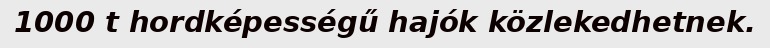
1000 t hordképességű hajók közlekedhetnek.